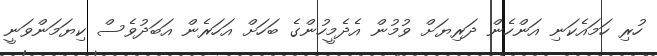
ހުރި ހަމައެކަނި އަންހެން ދަރިޔަށް ވުމުން އެދެމީހުންގެ ބަހަށް އަހަރެން އަބަދުވެސް ކިޔަމަންވަނީ